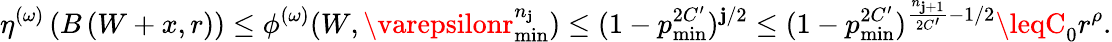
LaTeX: \eta^{(\omega)}\left(B\left(W+x,r\right)\right)\leq\phi^{(\omega)}(W,\varepsilonr_{\operatorname*{min}}^{n_{\mathbf{j}}})\leq(1-p_{\operatorname*{min}}^{2C^{\prime}})^{\mathbf{j}/2}\leq(1-p_{\operatorname*{min}}^{2C^{\prime}})^{\frac{{n_{\mathbf{j}+1}}}{{2C^{\prime}}}-1/2}\leqC_{0}r^{\rho}.